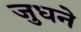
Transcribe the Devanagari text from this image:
जुधने